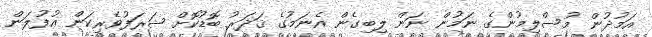
އަމުދުން މުސްލިމުންގެ ނަމުން ނަން ލިބިގެން އެނަމުގެ ޤަދަރު ބޮޑުކޮށް ޝަރަފުވެރިކަން އުފުލަން